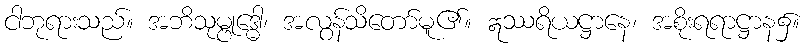
ငါဘုရားသည်။ အဘိသုမ္ဗုဒ္ဓေါ၊ အလွန်သိတော်မူ၏။ ဣဿရိယဋ္ဌာနေ၊ အစိုးရရာဋ္ဌာန၌။